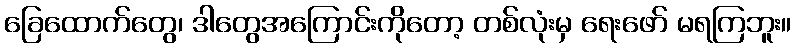
ခြေထောက်တွေ၊ ဒါတွေအကြောင်းကိုတော့ တစ်လုံးမှ ရေးဖော် မရကြဘူး။